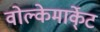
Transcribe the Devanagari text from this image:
वोल्केमार्के्ट